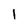
Character: I